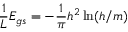
{ \frac { 1 } { L } } E _ { g s } = - { \frac { 1 } { \pi } } h ^ { 2 } \ln ( h / m )